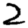
Digit: 2